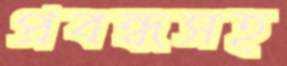
প্রবন্ধসহ